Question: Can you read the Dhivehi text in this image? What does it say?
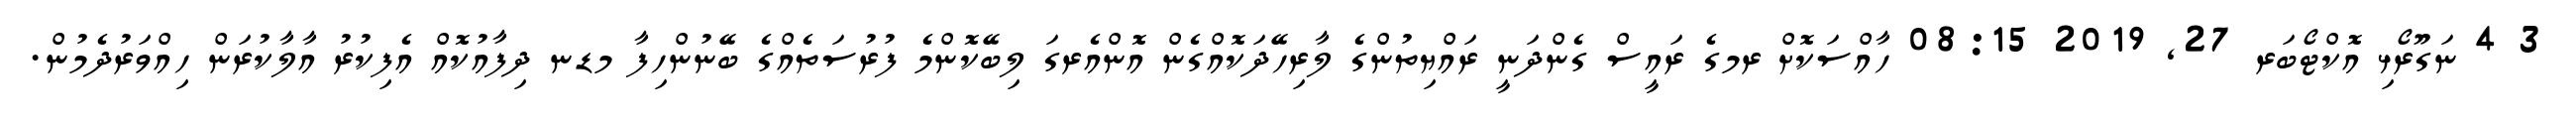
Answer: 3 4 ނަގޫރޯޅި އޮކްޓޯބަރ 27, 2019 08:15 ހާއްސަކޮށް ރމގެ ރައީސް ގެންދަނީ ރައްޔިތުންގެ ލާރިހޭދަކޮއްގެން އޮންއެރގަ ލިބޭކޮންމެ ފުރުސަތެއްގެ ބޭނުންހިފާ މޑނ ދިފާއުކޮއް އެފިކުރު އާލާކުރަން ހިއްވަރުދެމުން.